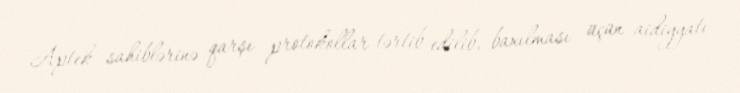
Aptek sahiblərinə qarşı protokollar tərtib edilib, baxılması üçün aidiyyatı